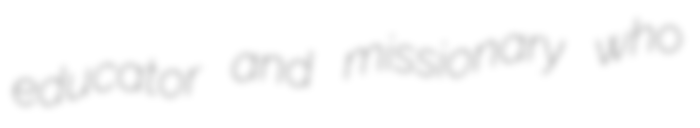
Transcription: educator and missionary who